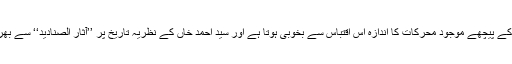
آثار الصنادید کی تالیف کے پیچھے موجود محرکات کا اندازہ اس اقتباس سے بخوبی ہوتا ہے اور سید احمد خاں کے نظریہ تاریخ پر ’’آثار الصنادید‘‘ سے بھرپور روشنی پڑتی ہے ۔